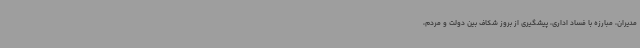
مدیران، مبارزه با فساد اداری، پیشگیری از بروز شکاف بین دولت و مردم،